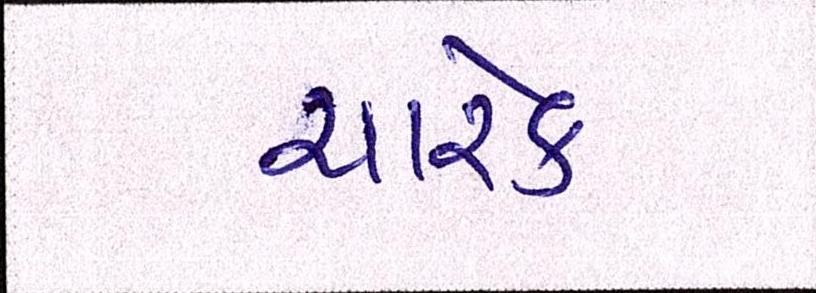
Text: ચારેક